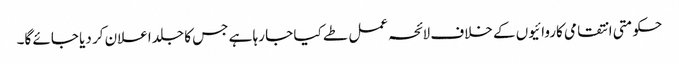
حکومتی انتقامی کاروائیوں کے خلاف لائحہ عمل طے کیا جا رہا ہے جس کا جلد اعلان کر دیا جائے گا۔